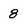
Character: 8